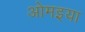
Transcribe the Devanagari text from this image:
ओमइया